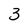
Character: 3